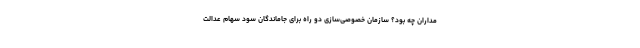
مداران چه بود؟ سازمان خصوصی‌سازی دو راه برای جاماندگان سود سهام عدالت